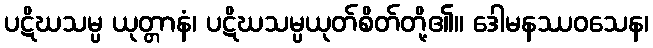
ပဋိဃသမ္ပ ယုတ္တာနံ၊ ပဋိဃသမ္ပယုတ်စိတ်တို့၏။ ဒေါမနဿဝသေန၊